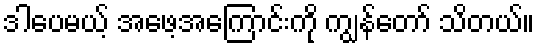
ဒါပေမယ့် အဖေ့အကြောင်းကို ကျွန်တော် သိတယ်။